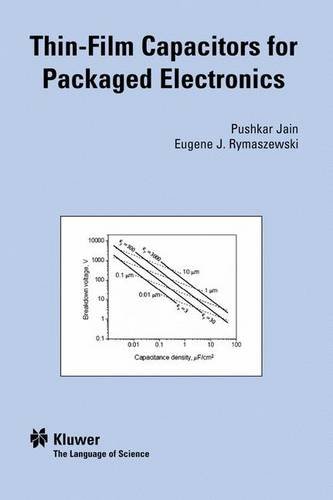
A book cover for Thin-Film Capacitors for Packaged Electronics; Jain Pushkar; Science & Math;